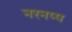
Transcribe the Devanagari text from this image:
नरनप्प